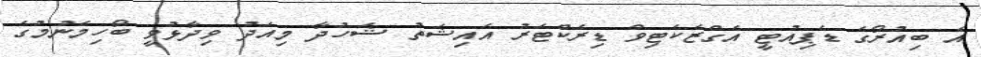
އެ ބިއުރޯގެ ޑެޕިއުޓީ އެގްޒެކެޓިވް ޑިރެކްޓަރު އައިޝަތު ޝަހުދާ މިއަދު ވިދާޅުވީ ބޯހިމެނުމުގެ